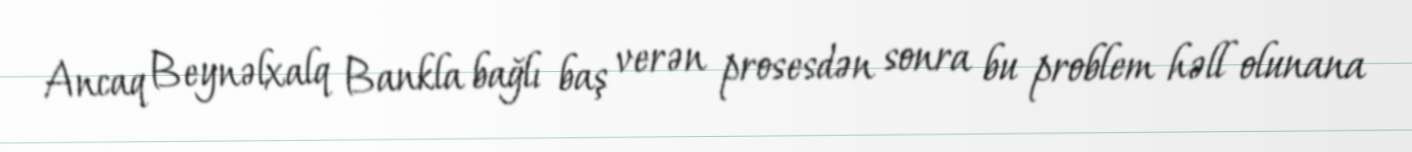
Ancaq Beynəlxalq Bankla bağlı baş verən prosesdən sonra bu problem həll olunana